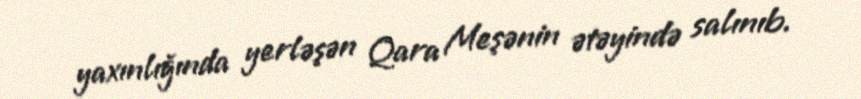
yaxınlığında yerləşən Qara Meşənin ətəyində salınıb.